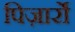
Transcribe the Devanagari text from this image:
पिज़ार्रो